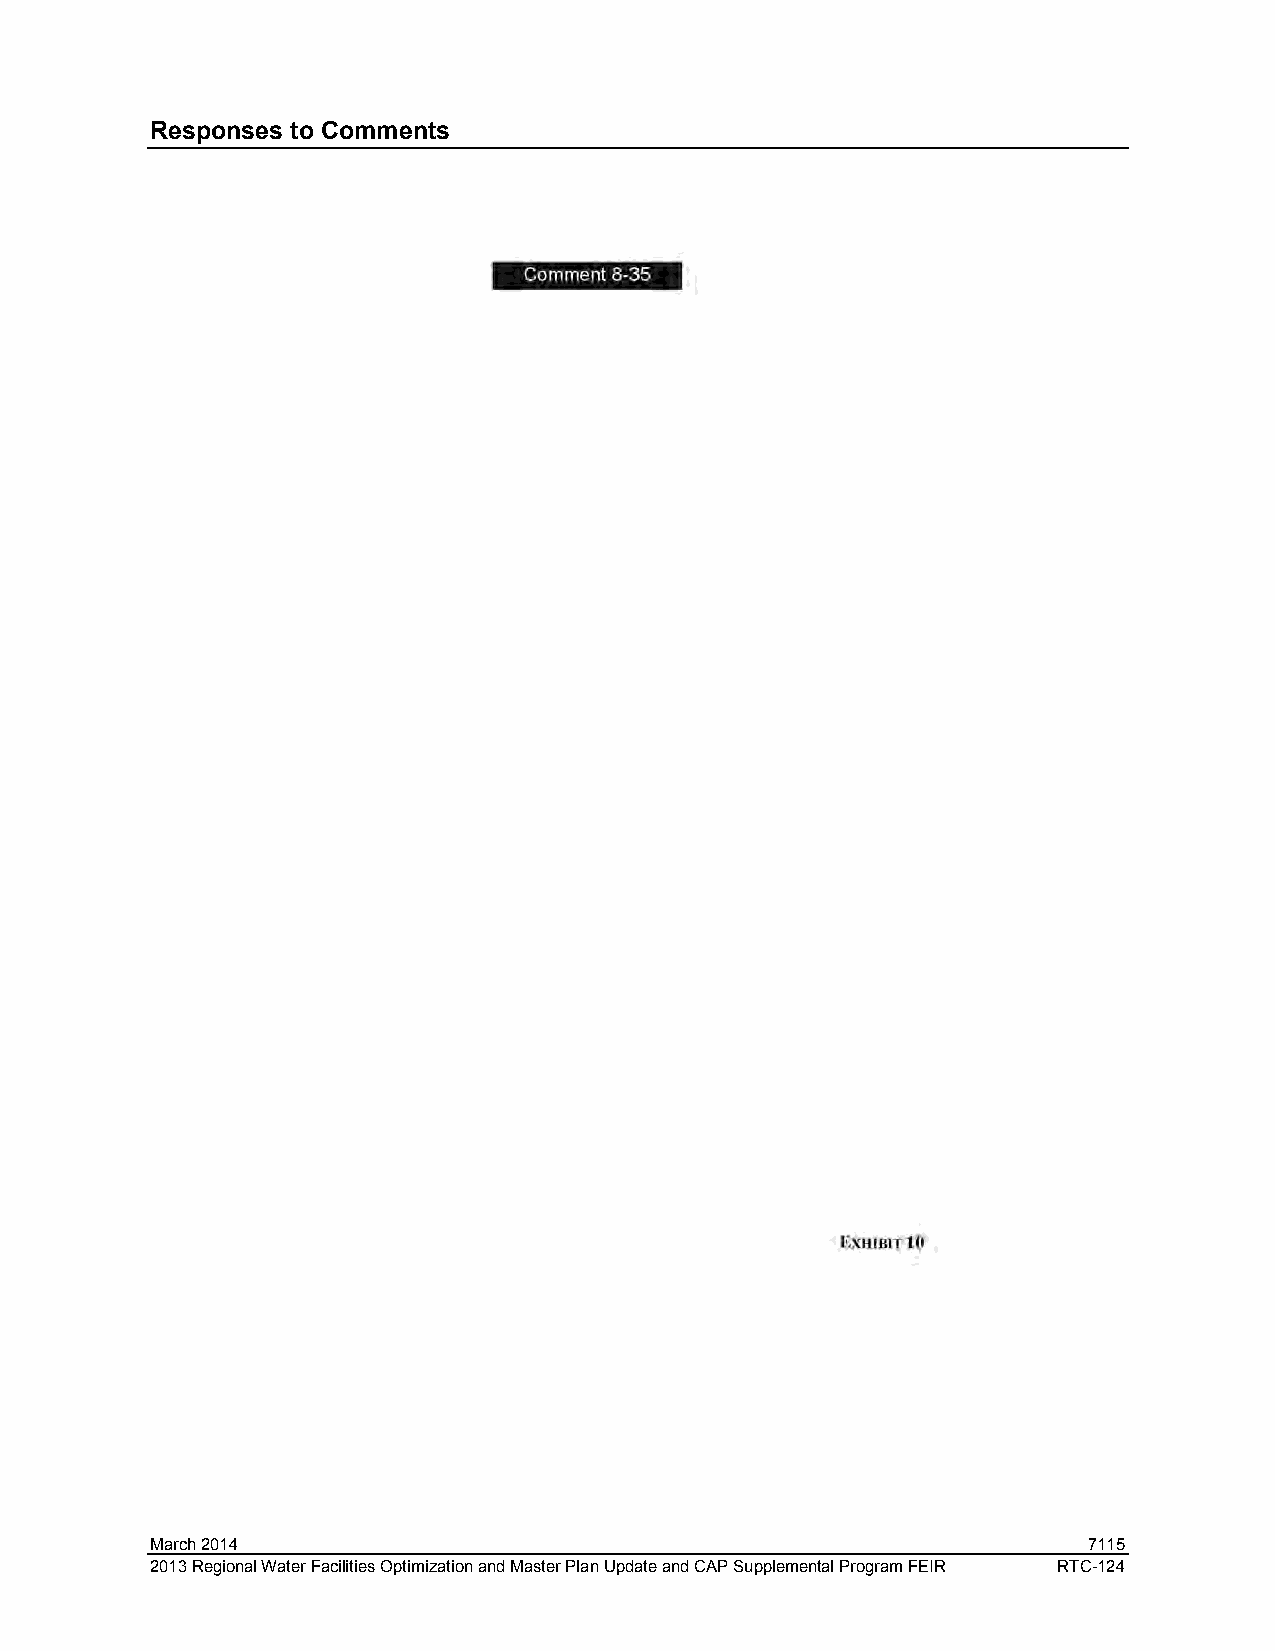
Responses to Comments
 March 2014                                                    7115
 2013 Regional Water Facilities Optimization and Master Plan Update and CAP Supplemental Program FEIR RTC-124